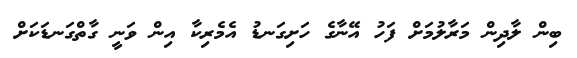
ބިން ލާދިން މަރާލުމަށް ފަހު އޭނާގެ ހަށިގަނޑު އެމެރިކާ އިން ވަނީ ގާތްގަނޑަކަށް